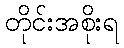
တိုင်းအစိုးရ